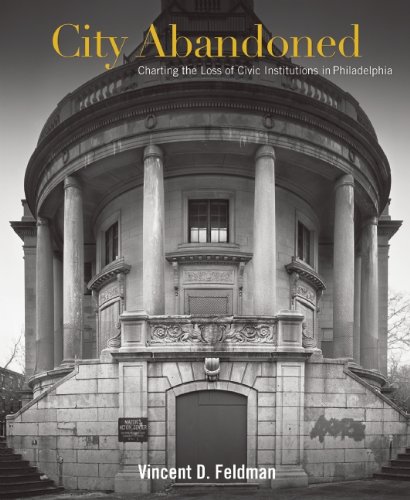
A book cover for City Abandoned: Charting the Loss of Civic Institutions in Philadelphia; Vincent David Feldman; Arts & Photography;